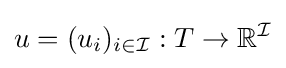
u=(u_{i})_{i\in {\mathcal {I}}}:T\rightarrow \mathbb {R} ^{\mathcal {I}}